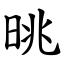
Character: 晀